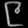
Digit: ၉